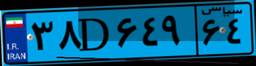
۱۱D۳۵۶۴۶